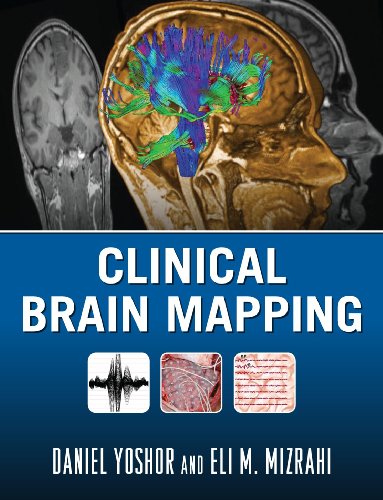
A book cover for Clinical Brain Mapping; Daniel Yoshor; Medical Books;